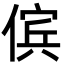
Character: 傧